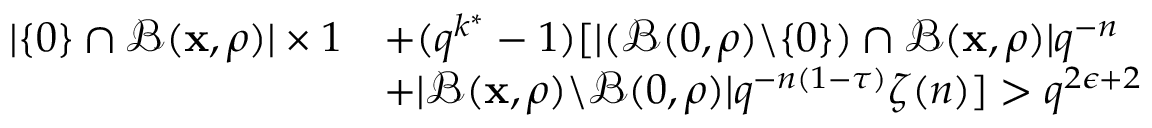
\begin{array} { r l } { | \{ 0 \} \cap \mathcal { B } ( \mathbf { x } , \rho ) | \times 1 } & { + ( q ^ { k ^ { * } } - 1 ) [ | ( \mathcal { B } ( 0 , \rho ) \backslash { \{ 0 \} } ) \cap \mathcal { B } ( \mathbf { x } , \rho ) | q ^ { - n } } \\ & { + | \mathcal { B } ( \mathbf { x } , \rho ) \backslash { \mathcal { B } ( 0 , \rho ) } | q ^ { - n ( 1 - \tau ) } \zeta ( n ) ] > q ^ { 2 \epsilon + 2 } } \end{array}